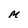
Character: M